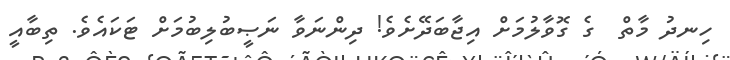
ހިނދު މާތް  ގެ ގޮވާލުމަށް އިޖާބަދޭށެވެ! ދިންނަވާ ނަޞީބުލިބުމަށް ޓަކައެވެ. ތިބާއީ